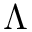
\Lambda